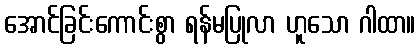
အောင်ခြင်းကောင်းစွာ ရန်မပြုလာ ဟူသော ဂါထာ။